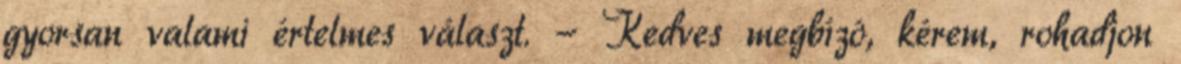
gyorsan valami értelmes választ. - Kedves megbízó, kérem, rohadjon